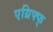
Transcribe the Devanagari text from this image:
एग्रिफ्फ्